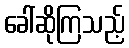
ခေါ်ဆိုကြသည့်